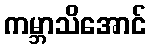
ကမ္ဘာသိအောင်